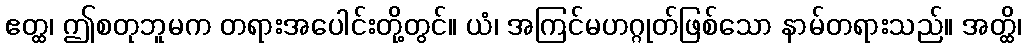
ဧတ္ထ၊ ဤစတုဘူမက တရားအပေါင်းတို့တွင်။ ယံ၊ အကြင်မဟဂ္ဂုတ်ဖြစ်သော နာမ်တရားသည်။ အတ္ထိ၊